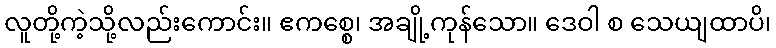
လူတို့ကဲ့သို့လည်းကောင်း။ ဧကစ္စေ၊ အချို့ကုန်သော။ ဒေဝါ စ သေယျထာပိ၊